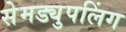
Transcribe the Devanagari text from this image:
सेमड्युपलिंग